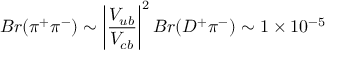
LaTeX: B r ( \pi ^ { + } \pi ^ { - } ) \sim \left| { \frac { V _ { u b } } { V _ { c b } } } \right| ^ { 2 } B r ( D ^ { + } \pi ^ { - } ) \sim 1 \times 1 0 ^ { - 5 }